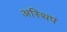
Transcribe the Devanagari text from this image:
अस्थिपं